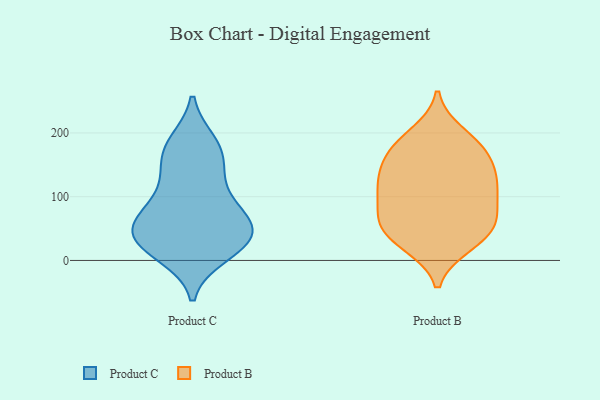
{"axis": {"x": "Population (Million)", "y": "Value"}, "legend": ["Product B", "Product C"], "data": [{"x": "", "y": 30, "type": "Product C"}, {"x": "", "y": 63, "type": "Product C"}, {"x": "", "y": 47, "type": "Product C"}, {"x": "", "y": 90, "type": "Product C"}, {"x": "", "y": 87, "type": "Product C"}, {"x": "", "y": 176, "type": "Product C"}, {"x": "", "y": 52, "type": "Product C"}, {"x": "", "y": 139, "type": "Product C"}, {"x": "", "y": 62, "type": "Product C"}, {"x": "", "y": 174, "type": "Product C"}, {"x": "", "y": 184, "type": "Product C"}, {"x": "", "y": 10, "type": "Product C"}, {"x": "", "y": 133, "type": "Product C"}, {"x": "", "y": 38, "type": "Product C"}, {"x": "", "y": 21, "type": "Product C"}, {"x": "", "y": 23, "type": "Product C"}, {"x": "", "y": 143, "type": "Product B"}, {"x": "", "y": 24, "type": "Product B"}, {"x": "", "y": 67, "type": "Product B"}, {"x": "", "y": 47, "type": "Product B"}, {"x": "", "y": 24, "type": "Product B"}, {"x": "", "y": 43, "type": "Product B"}, {"x": "", "y": 189, "type": "Product B"}, {"x": "", "y": 130, "type": "Product B"}, {"x": "", "y": 121, "type": "Product B"}, {"x": "", "y": 168, "type": "Product B"}, {"x": "", "y": 110, "type": "Product B"}, {"x": "", "y": 79, "type": "Product B"}, {"x": "", "y": 199, "type": "Product B"}, {"x": "", "y": 68, "type": "Product B"}, {"x": "", "y": 117, "type": "Product B"}, {"x": "", "y": 170, "type": "Product B"}, {"x": "", "y": 106, "type": "Product B"}, {"x": "", "y": 166, "type": "Product B"}, {"x": "", "y": 55, "type": "Product B"}]}